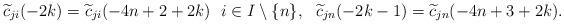
LaTeX: \begin{align*}\widetilde{c}_{ji}(-2k)&=\widetilde{c}_{ji}(-4n+2+2k)\ \ i\in I\setminus\{n\},&\widetilde{c}_{jn}(-2k-1)&=\widetilde{c}_{jn}(-4n+3+2k).\end{align*}